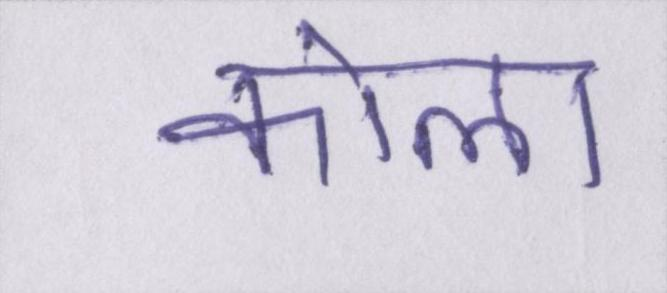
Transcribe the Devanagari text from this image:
कोला